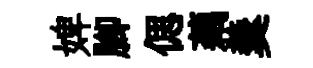
婢腳偲藕羹